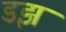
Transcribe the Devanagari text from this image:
डझ